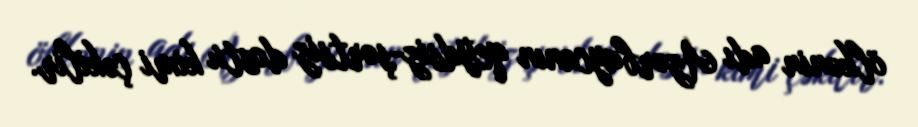
ölkənin adı Azərbaycanın qeydsiz-şərtsiz dostu kimi çəkilir.